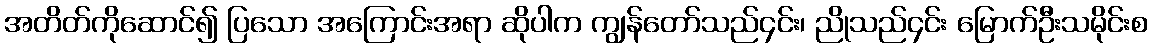
အတိတ်ကိုဆောင်၍ ပြသော အကြောင်းအရာ ဆိုပါက ကျွန်တော်သည်၄င်း၊ ညိုသည်၄င်း မြောက်ဦးသမိုင်းစ